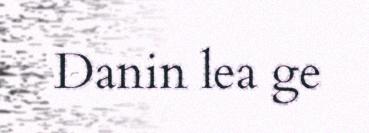
Danin lea ge